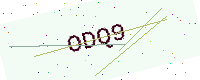
Text: ODQ9